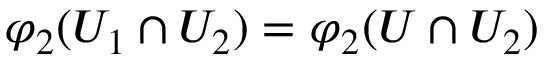
\varphi _ { 2 } ( U _ { 1 } \cap U _ { 2 } ) = \varphi _ { 2 } ( U \cap U _ { 2 } )